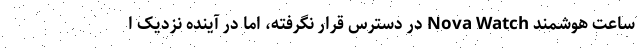
ساعت هوشمند Nova Watch در دسترس قرار نگرفته، اما در آینده نزدیک ا